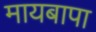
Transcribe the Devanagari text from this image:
मायबापा